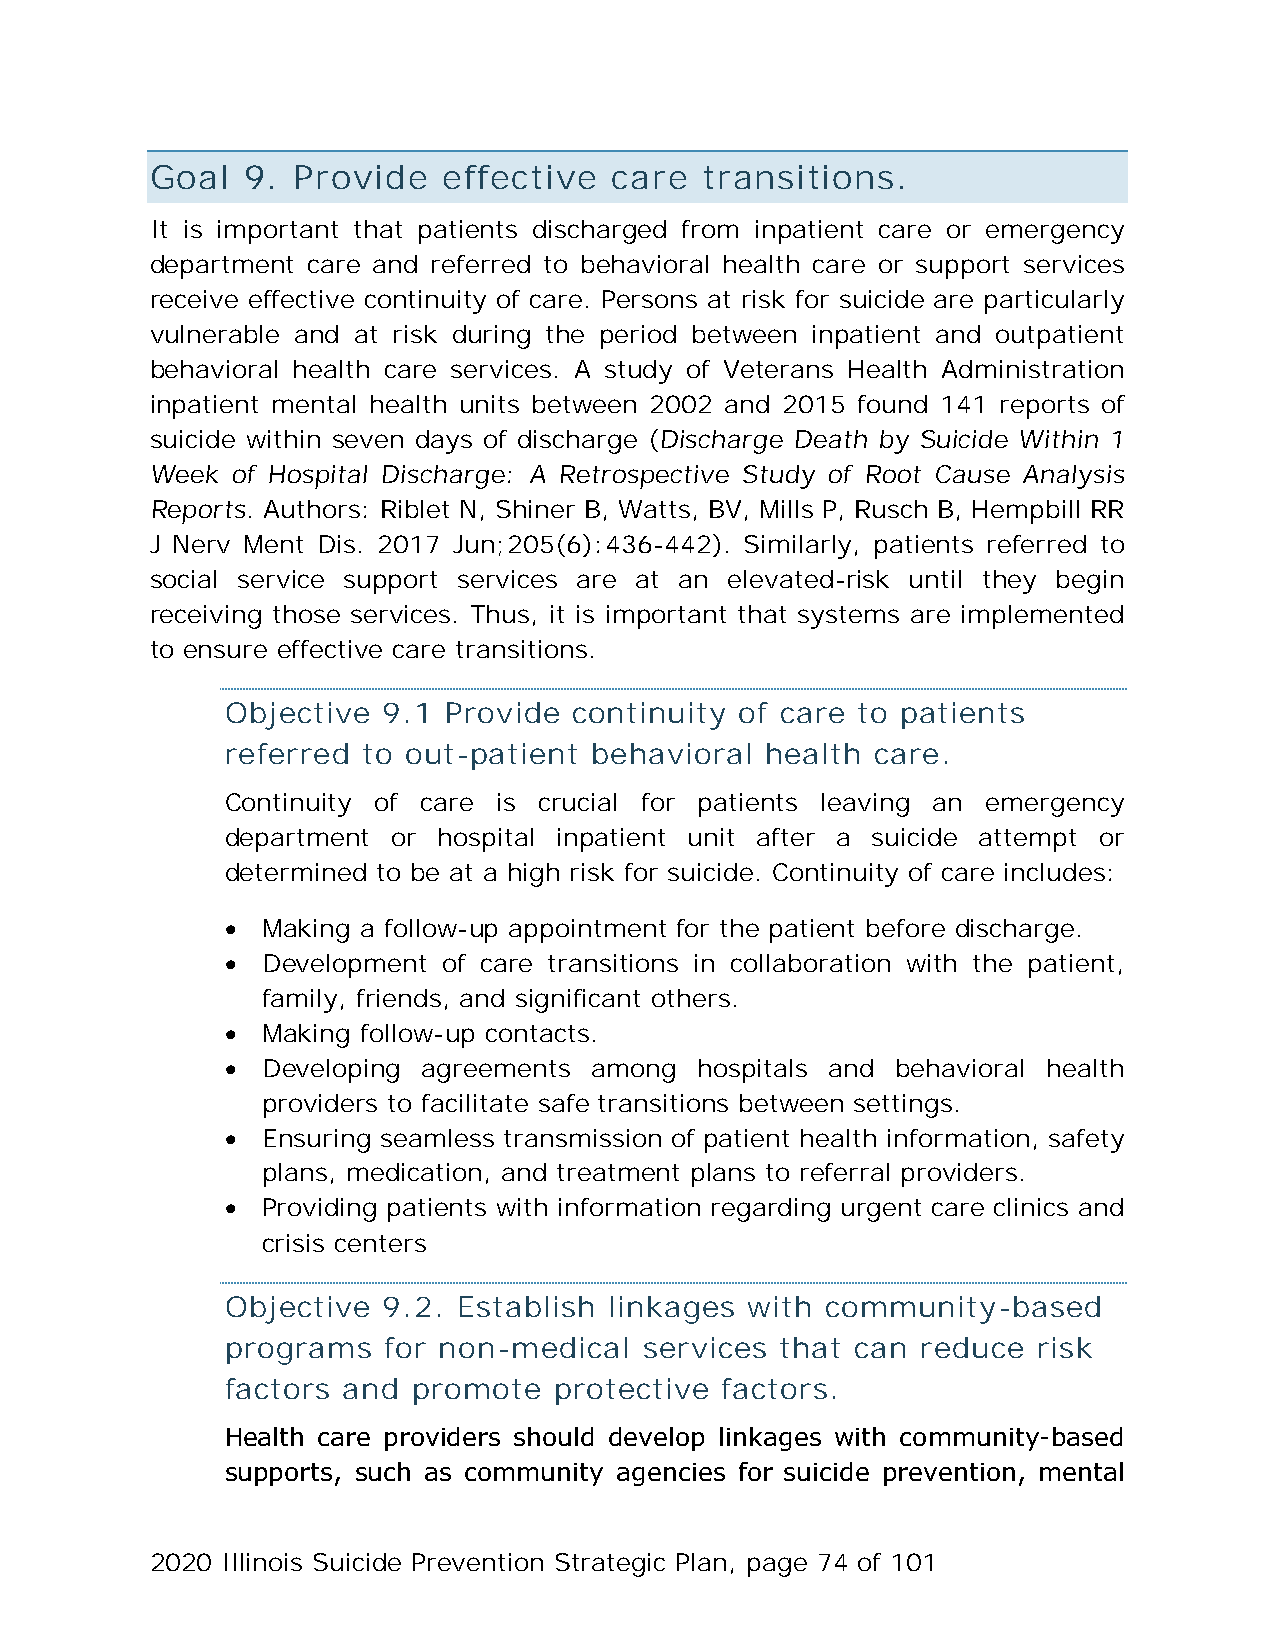
Goal  9. Provide   effective   care  transitions.
 It is important that patients discharged from inpatient care or emergency
 department care and referred to behavioral health care or support services
 receive effective continuity of care. Persons at risk for suicide are particularly
 vulnerable and at risk during the period between inpatient and outpatient
 behavioral health care services. A study of Veterans Health Administration
 inpatient mental health units between 2002 and 2015 found 141 reports of
 suicide within seven days of discharge (Discharge Death by Suicide Within 1
 Week of Hospital Discharge: A Retrospective Study of Root Cause Analysis
 Reports. Authors: Riblet N, Shiner B, Watts, BV, Mills P, Rusch B, Hempbill RR
 J Nerv Ment Dis. 2017 Jun;205(6):436-442). Similarly, patients referred to
 social service support services are at an elevated-risk until they begin
 receiving those services. Thus, it is important that systems are implemented
 to ensure effective care transitions.
 Objective 9.1 Provide  continuity of care to patients
 referred to out-patient behavioral  health care.
 Continuity of care is crucial for patients leaving an emergency
 department or hospital inpatient unit after a suicide attempt or
 determined to be at a high risk for suicide. Continuity of care includes:
 • Making a follow-up appointment for the patient before discharge.
 • Development of care transitions in collaboration with the patient,
 family, friends, and significant others.
 • Making follow-up contacts.
 • Developing agreements among  hospitals and behavioral health
 providers to facilitate safe transitions between settings.
 • Ensuring seamless transmission of patient health information, safety
 plans, medication, and treatment plans to referral providers.
 • Providing patients with information regarding urgent care clinics and
 crisis centers
 Objective 9.2. Establish linkages  with community-based
 programs  for non-medical   services that can reduce  risk
 factors and promote   protective factors.
 Health care providers should develop linkages with community-based
 supports, such as community agencies for suicide prevention, mental
 2020 Illinois Suicide Prevention Strategic Plan, page 74 of 101